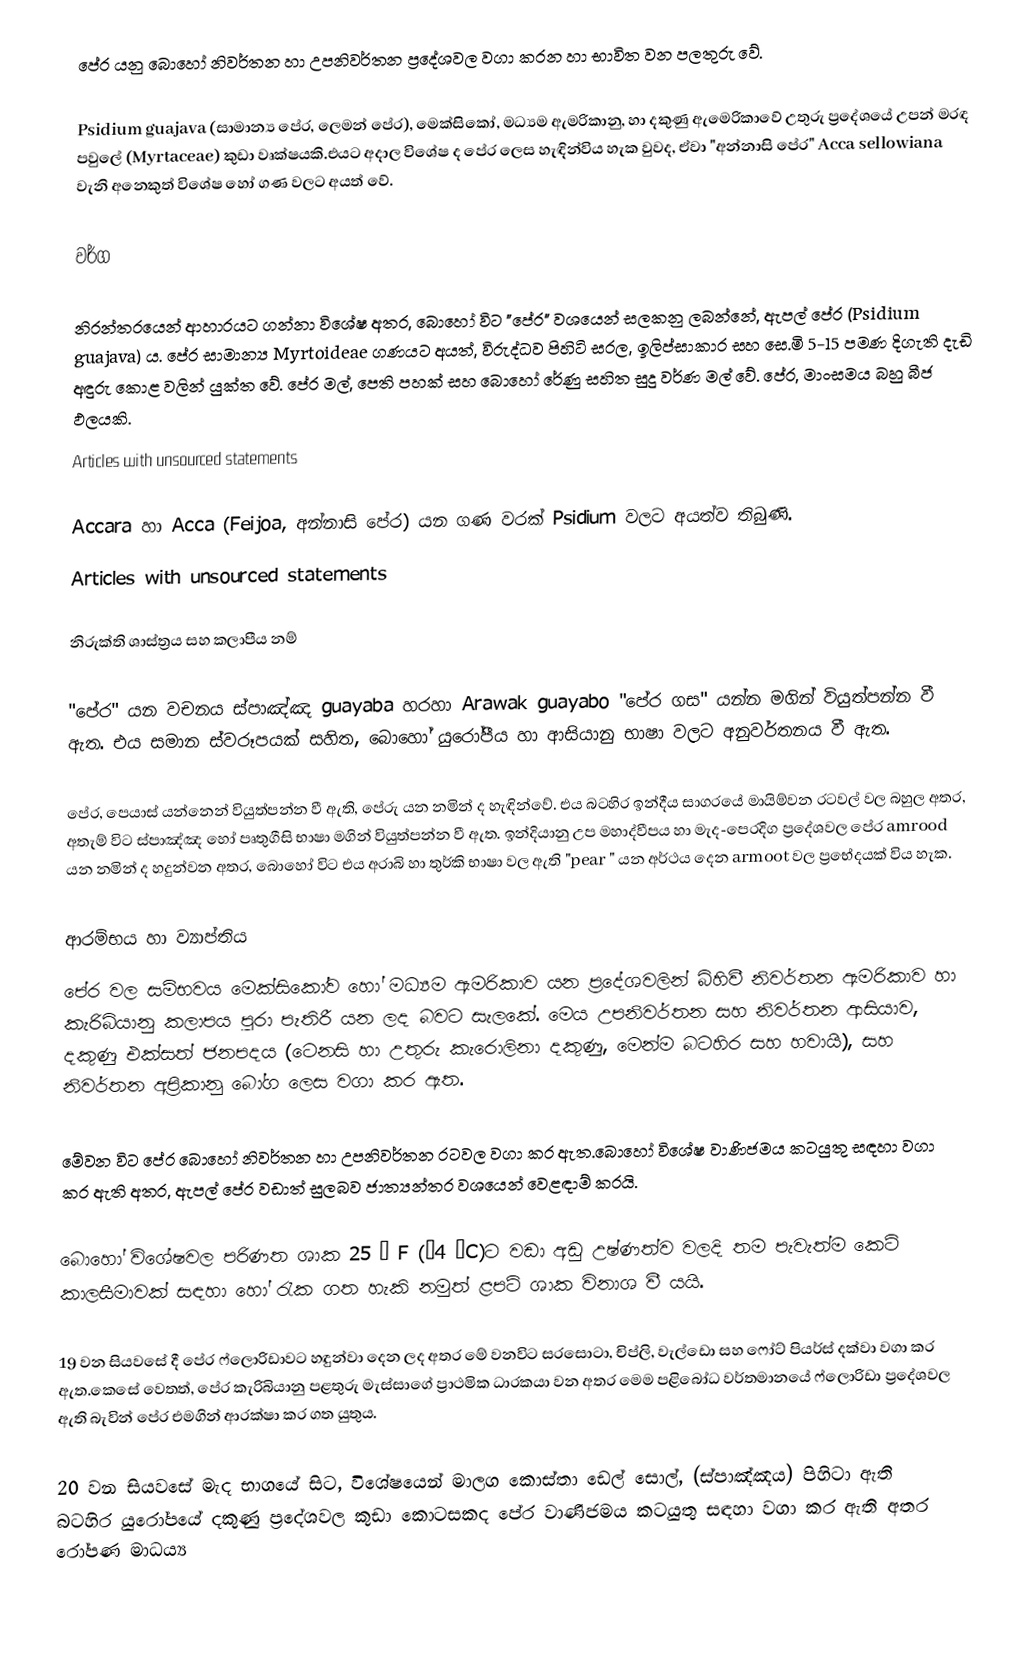
පේර යනු බොහෝ නිවර්තන හා උපනිවර්තන ප්‍රදේශවල වගා කරන හා භාවිත වන පලතුරු වේ.

 Psidium guajava (සාමාන්‍ය පේර, ලෙමන් පේර), මෙක්සිකෝ, මධ්‍යම ඇමරිකානු, හා  දකුණු ඇමෙරිකාවේ උතුරු ප්‍රදේශයේ උපන් මරඳ පවුලේ (Myrtaceae) කුඩා වෘක්ෂයකි.එයට අදාල විශේෂ ද පේර ලෙස හැඳින්විය හැක වුවද, ඒවා "අන්නාසි පේර" Acca sellowiana  වැනි අනෙකුත් විශේෂ හෝ ගණ වලට අයත් වේ.

වර්ග

නිරන්තරයෙන් ආහාරයට ගන්නා විශේෂ අතර, බොහෝ විට  "පේර" වශයෙන් සලකනු ලබන්නේ, ඇපල් පේර (Psidium guajava) ය. පේර  සාමාන්‍ය Myrtoideae ගණයට අයත්, විරුද්ධව පිහිටි සරල, ඉලිප්සාකාර සහ සෙ.මි 5-15 පමණ දිගැති දැඩි අඳුරු කොළ වලින් යුක්ත වේ. පේර මල්, පෙති පහක් සහ බොහෝ රේණු සහිත සුදු වර්ණ මල් වේ. පේර, මාංසමය බහු බීජ ඵලයකි.
Articles with unsourced statements

 Accara හා Acca (Feijoa, අන්නාසි පේර) යන ගණ වරක් Psidium වලට අයත්ව තිබුණි.
Articles with unsourced statements

නිරුක්ති ශාස්ත්‍රය සහ කලාපීය නම්

"පේර" යන වචනය ස්පාඤ්ඤ guayaba හරහා Arawak guayabo "පේර ගස" යන්න මගින් වි‍යුත්පන්න වී ඇත. එය සමාන ස්වරූපයක් සහිත, බොහෝ යුරෝපීය හා ආසියානු භාෂා වලට අනුවර්තනය වී ඇත.

පේර, පෙයාස් යන්නෙන් වි‍යුත්පන්න වී ඇති, පේරු යන නමින් ද හැඳින්වේ. එය බටහිර ඉන්දීය සාගරයේ මායිම්වන රටවල් වල බහුල අතර, අතැම් විට ස්පාඤ්ඤ හෝ පෘතුගීසි භාෂා මගින් වි‍යුත්පන්න වී ඇත. ඉන්දියානු උප මහාද්වීපය හා මැද-පෙරදිග ප්‍රදේශවල පේර amrood යන නමින් ද හදුන්වන අතර, බොහෝ විට එය අරාබි හා තුර්කි භාෂා වල ඇති "pear " යන අර්ථය දෙන armoot වල ප්‍රභේදයක් විය හැක.

ආරම්භය හා ව්‍යාප්තිය
පේර වල සම්භවය මෙක්සිකෝව හෝ මධ්‍යම ඇමරිකාව යන ප්‍රදේශවලින් බිහිවී නිවර්තන ඇමරිකාව හා කැරිබියානු කලාපය පුරා පැතිරී යන ලද බවට සැලකේ. මෙය උපනිවර්තන සහ නිවර්තන ආසියාව, දකුණු එක්සත් ජනපදය (ටෙනසි ​​හා උතුරු කැරොලිනා දකුණු, මෙන්ම බටහිර සහ හවායි), සහ නිවර්තන අප්‍රිකානු බෝග ලෙස වගා කර ඇත.

මේවන විට පේර බොහෝ නිවර්තන හා උපනිවර්තන රටවල වගා කර ඇත.බොහෝ විශේෂ වාණිජමය කටයුතු සඳහා වගා කර ඇති අතර,  ඇපල් පේර වඩාත් සුලබව ජාත්‍යන්තර වශයෙන් වෙළඳාම් කරයි.

බොහෝ විශේෂවල  පරිණත ශාක  25 ° F (−4 °C)ට වඩා අඩු උෂ්ණත්ව වලදි තම පැවැත්ම  කෙටි කාලසීමාවක් සඳහා හෝ රැක ගත හැකි නමුත් ළපටි ශාක විනාශ වී යයි.

19 වන සියවසේ දී පේර ෆ්ලොරිඩාවට හඳුන්වා දෙන ලද අතර මේ වනවිට සරසොටා, චිප්ලි, වැල්ඩො සහ ෆෝට් පියර්ස් දක්වා වගා කර ඇත.කෙසේ වෙතත්, පේර කැරිබියානු පළතුරු මැස්සාගේ ප්‍රාථමික ධාරකයා වන අතර මෙම පළිබෝධ වර්තමානයේ ෆ්ලොරිඩා ප්‍රදේශවල ඇති බැවින් පේර  එමගින් ආරක්ෂා  කර ගත යුතුය.

20 වන සියවසේ මැද භාගයේ සිට, විශේෂයෙන් මාලග කොස්තා ඩෙල් සොල්, (ස්පාඤ්ඤය) පිහිටා ඇති බටහිර යුරෝපයේ දකුණු ප්‍රදේශවල කුඩා කොටසකද පේර වාණිජමය කටයුතු සඳහා වගා කර ඇති  අතර රෝපණ මාධ‍‍ය්‍ය